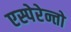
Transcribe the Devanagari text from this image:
एस्पेरेन्तो